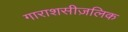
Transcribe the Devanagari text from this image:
गाराशसीज़लिक